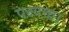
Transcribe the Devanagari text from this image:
पक्ष्यच्या